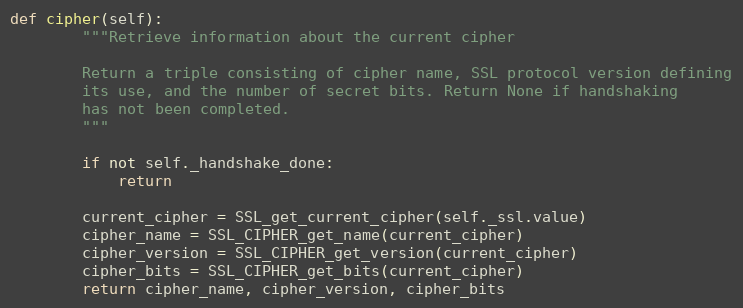
Language: Python
def cipher(self):
        """Retrieve information about the current cipher

        Return a triple consisting of cipher name, SSL protocol version defining
        its use, and the number of secret bits. Return None if handshaking
        has not been completed.
        """

        if not self._handshake_done:
            return

        current_cipher = SSL_get_current_cipher(self._ssl.value)
        cipher_name = SSL_CIPHER_get_name(current_cipher)
        cipher_version = SSL_CIPHER_get_version(current_cipher)
        cipher_bits = SSL_CIPHER_get_bits(current_cipher)
        return cipher_name, cipher_version, cipher_bits